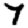
Digit: 7